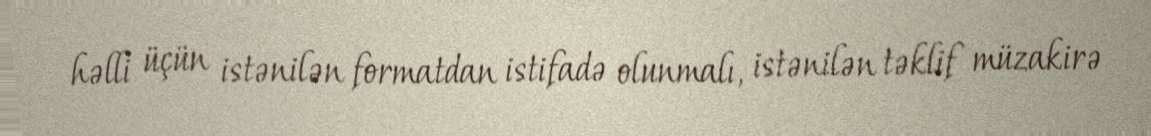
həlli üçün istənilən formatdan istifadə olunmalı, istənilən təklif müzakirə